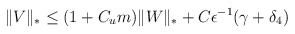
\begin{align*}\Vert V \Vert_* \le (1 + C_{u}m)\Vert W \Vert_* + C\epsilon^{-1}(\gamma+ \delta_4)\end{align*}